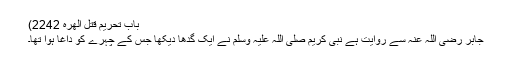
باب تحریم قتل الھرہ 2242)
جابر رضی اللہ عنہ سے روایت ہے نبی کریم صلی اللہ علیہ وسلم نے ایک گدھا دیکھا جس کے چہرے کو داغا ہوا تھا۔